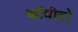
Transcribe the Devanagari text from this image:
कोंवीटो